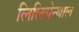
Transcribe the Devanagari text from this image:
लिलियेन्थाल